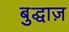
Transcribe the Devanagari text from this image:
बुद्धाज़